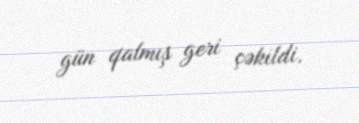
gün qalmış geri çəkildi.